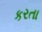
કરતા